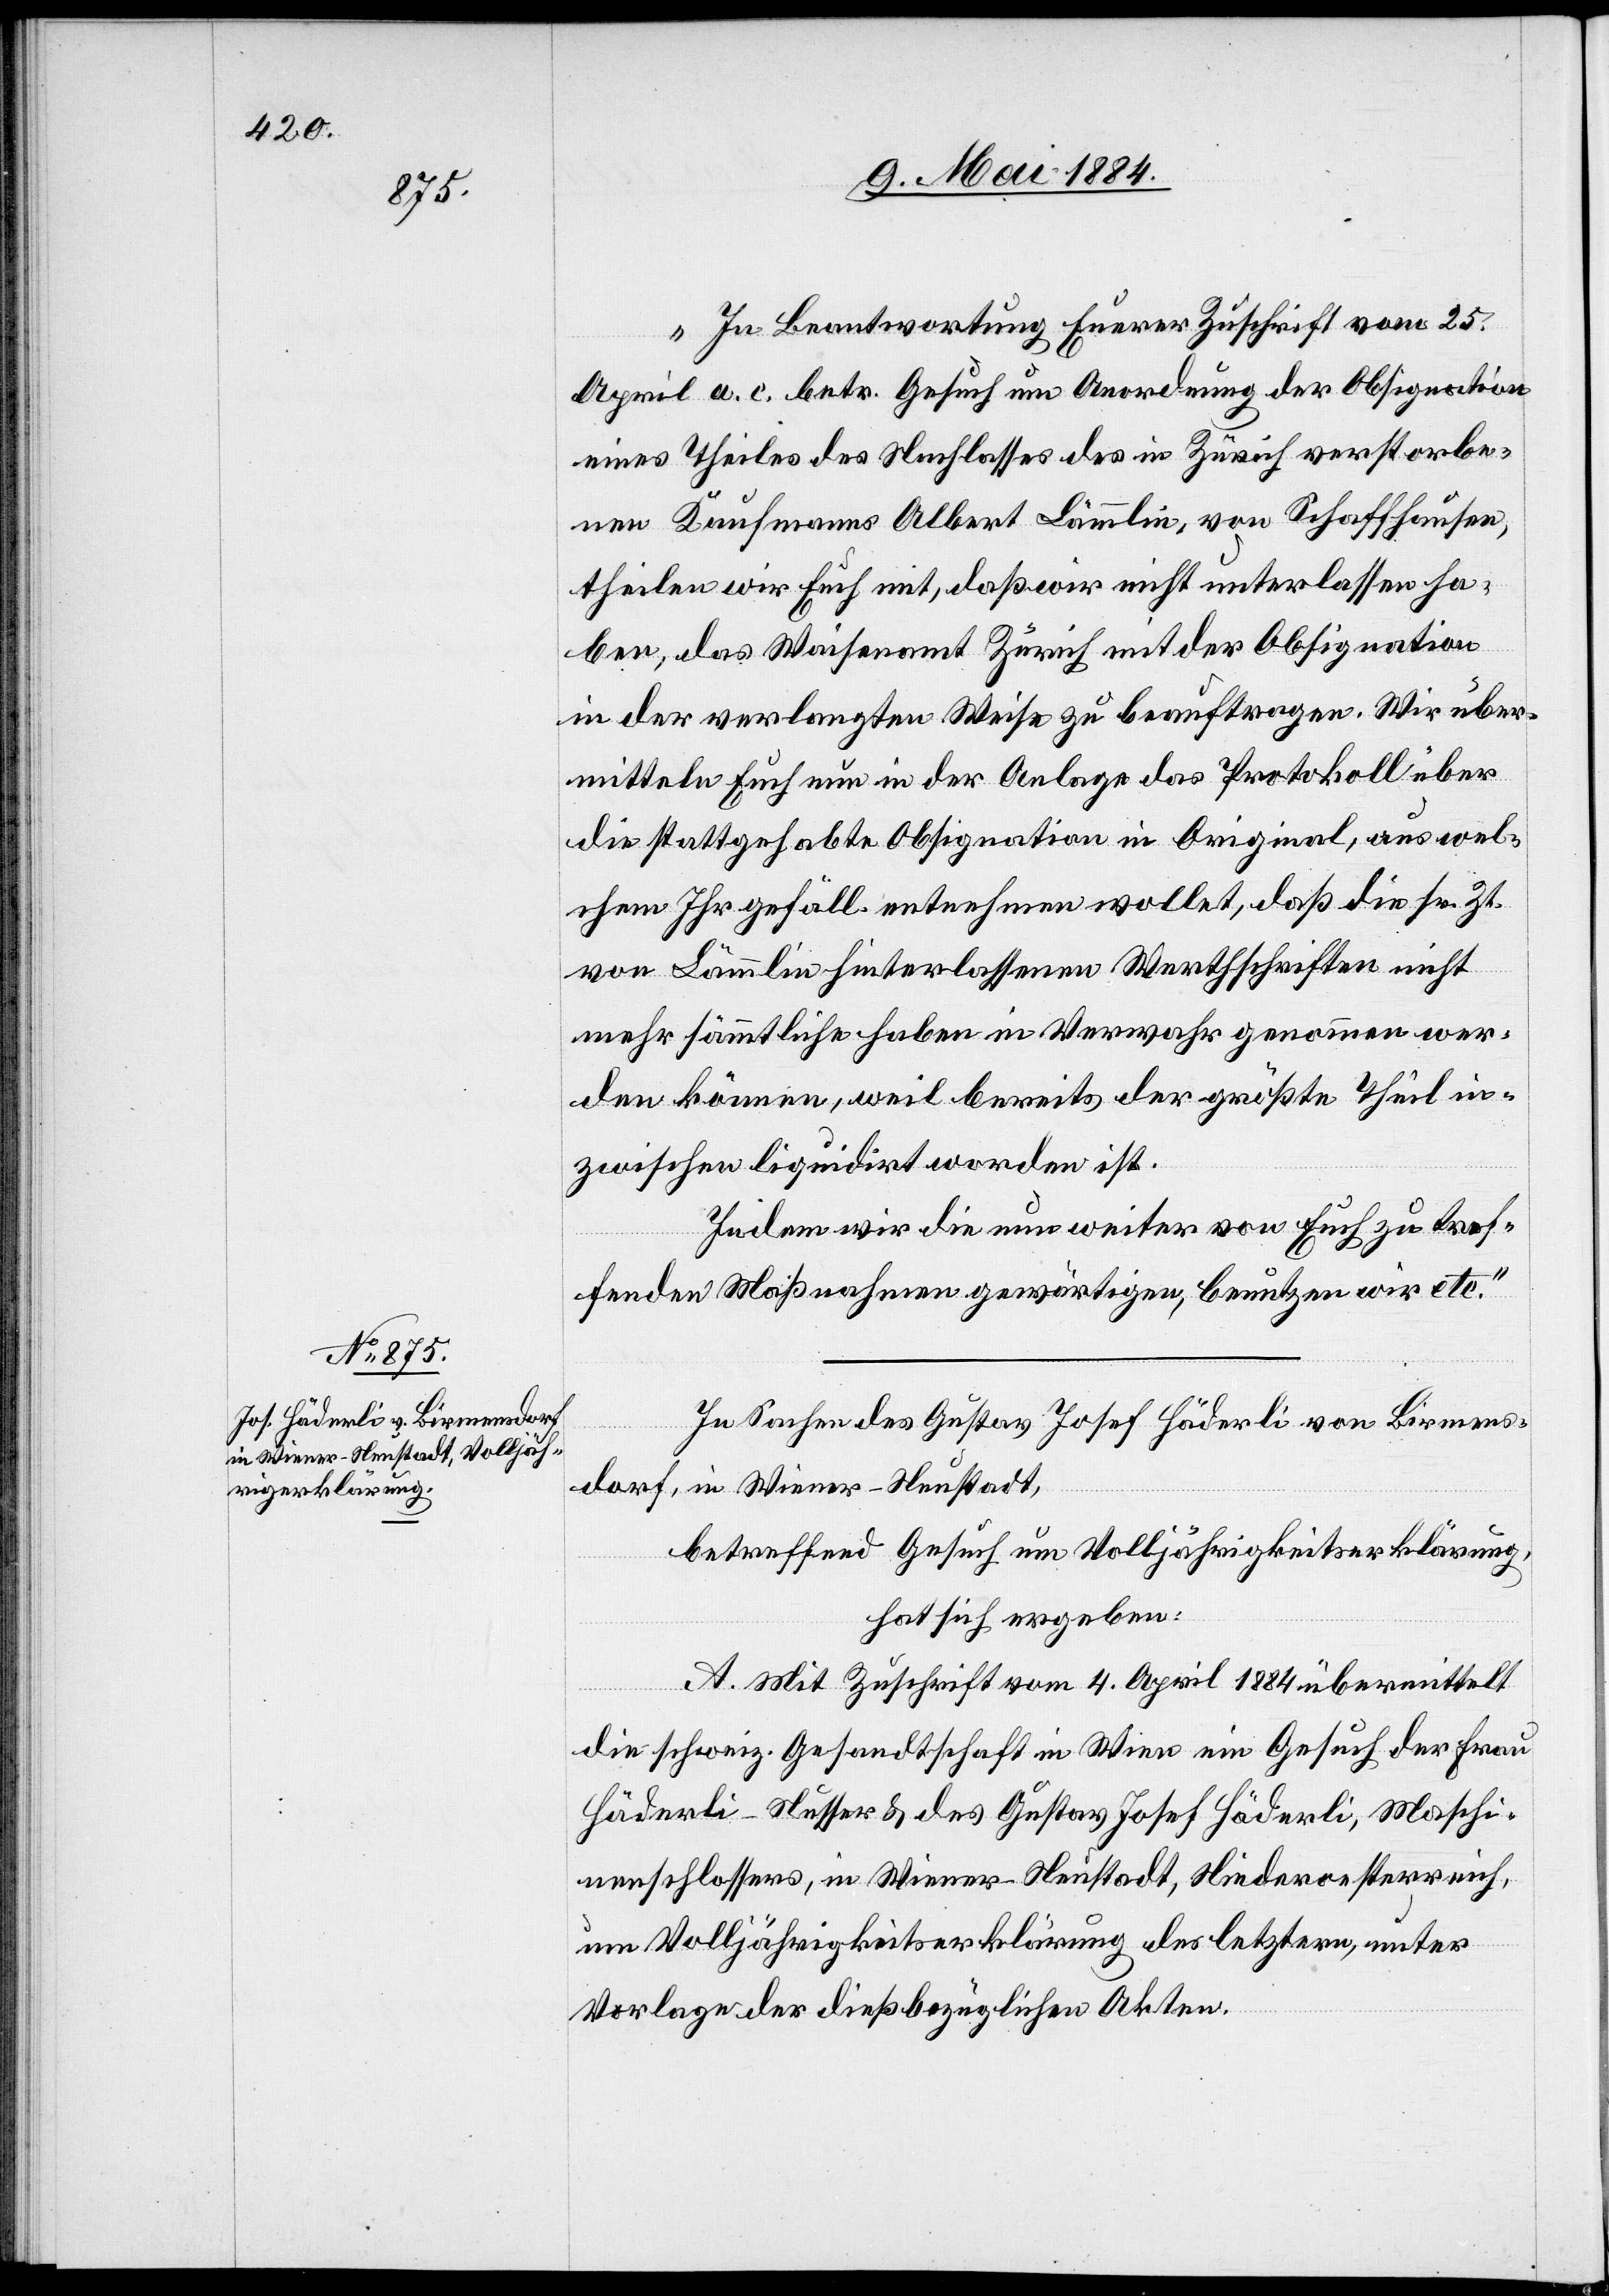
„In Beantwortung Euerer Zuschrift vom 25.
April a. c. betr. Gesuch um Anordnung der Obsignation
eines Theiles des Nachlasses des in Zürich verstorbe¬
nen Kaufmanns Albert Lämmlin, von Schaffhausen,
theilen wir Euch mit, daß wir nicht unterlassen ha¬
ben, das Waisenamt Zürich mit der Obsignation
in der verlangten Weise zu beauftragen. Wir über¬
mitteln Euch nun in der Anlage das Protokoll über
die stattgehabte Obsignation in Original, aus wel¬
chem Ihr gefäll. unternehmen wollet, daß die sr. Zt.
von Lämmlin hinterlassenen Werthschriften nicht
mehr sämmtliche haben in Verwahr genommen wer¬
den können, weil bereits der größte Theil in¬
zwischen liquidirt worden ist.
Indem wir die nun weiter von Euch zu tref¬
fenden Maßnahmen gewärtigen, benutzen wir etc.“
In Sachen des Gustav Josef Häderli von Birmens¬
dorf, in Wiener-Neustadt,
betreffend Gesuch um Volljährigkeitserklärung,
hat sich ergeben:
A. Mit Zuschrift vom 4. April 1884 übermittelt
die schweiz. Gesandtschaft in Wien ein Gesuch der Frau
Häderli-Nusser & des Gustav Josef Häderli, Maschi¬
nenschlossers, in Wiener-Neustadt, Niederoesterreich,
um Volljährigkeitserklärung des letztern, unter
Vorlage der dießbezüglichen Akten.